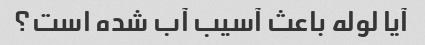
آیا لوله باعث آسیب آب شده است؟